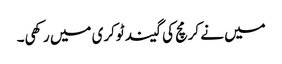
میں نے کرمچ کی گیند ٹوکری میں رکھی۔